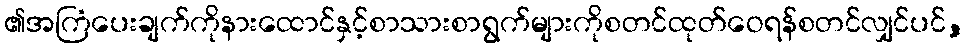
၏အကြံပေးချက်ကိုနားထောင်နှင့်စာသားစာရွက်များကိုစတင်ထုတ်ဝေရန်စတင်လျှင်ပင်,